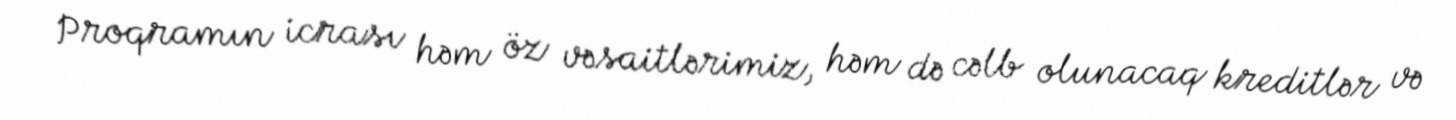
Proqramın icrası həm öz vəsaitlərimiz, həm də cəlb olunacaq kreditlər və